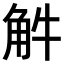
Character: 𧣈